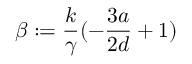
\beta : = \frac { k } { \gamma } ( - \frac { 3 a } { 2 d } + 1 )